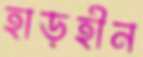
হাড়হীন